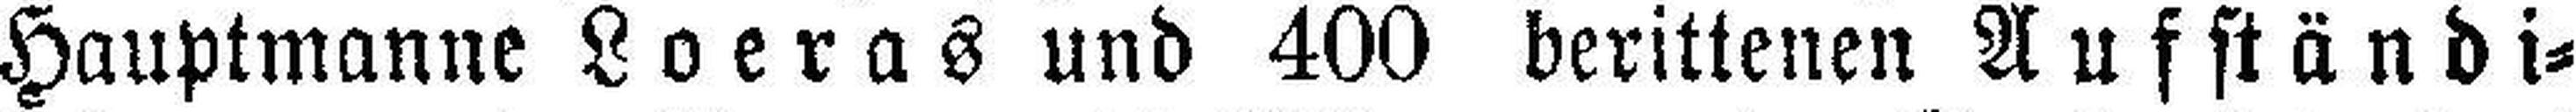
Hauptmanne Loeras und 400 berittenen Aufständi¬